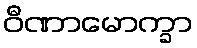
ဝီဏာမောက္ခာ